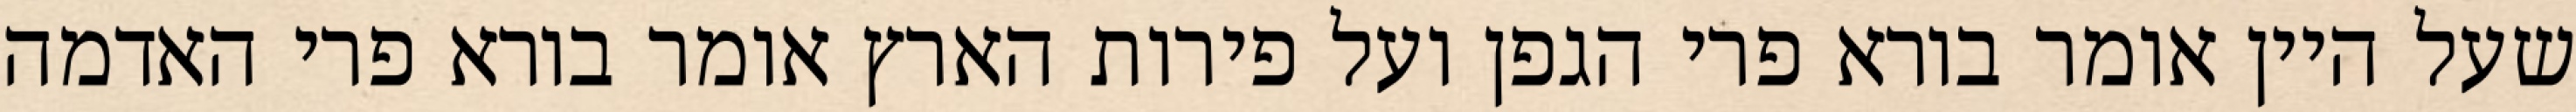
שעל היין אומר בורא פרי הגפן ועל פירות הארץ אומר בורא פרי האדמה